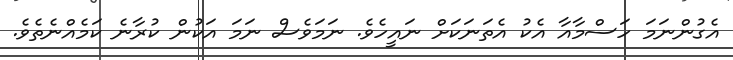
އެގުންނަމަ ހަސްމާއާ އެކު އެތަނަކަށް ނައީހެވެ. ނަމަވެސް ނަމަ އަކުން ކުރާނެ ކަމެއްނެތެވެ.